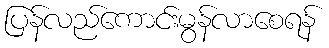
ပြန်လည်ကောင်းမွန်လာစေရန်